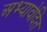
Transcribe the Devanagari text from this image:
अभ्यावेदित